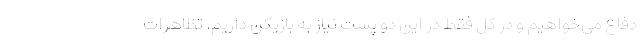
دفاع می‌خواهیم و در کل فقط در این دو پست نیاز به بازیکن داریم. تظاهرات